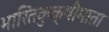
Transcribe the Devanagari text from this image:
भारितकुक्षीमाता